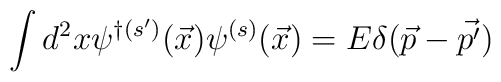
\int d^2 x \psi^{\dagger(s')}{(\vec{x})}\psi^{(s)}{(\vec{x})}= E \delta (\vec{p} - \vec {p'})